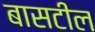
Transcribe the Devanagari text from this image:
बासटील